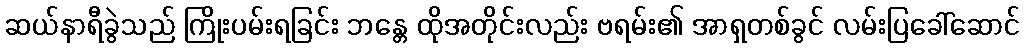
ဆယ်နာရီခွဲသည် ကြိုးပမ်းရခြင်း ဘန္တေ ထိုအတိုင်းလည်း ဗရမ်း၏ အာရှတစ်ခွင် လမ်းပြခေါ်ဆောင်